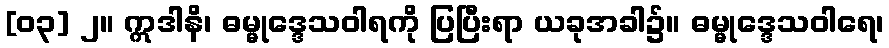
[၀၃] ၂။ ဣဒါနိ၊ ဓမ္မုဒ္ဒေသဝါရကို ပြပြီးရာ ယခုအခါ၌။ ဓမ္မုဒ္ဒေသဝါရေ၊